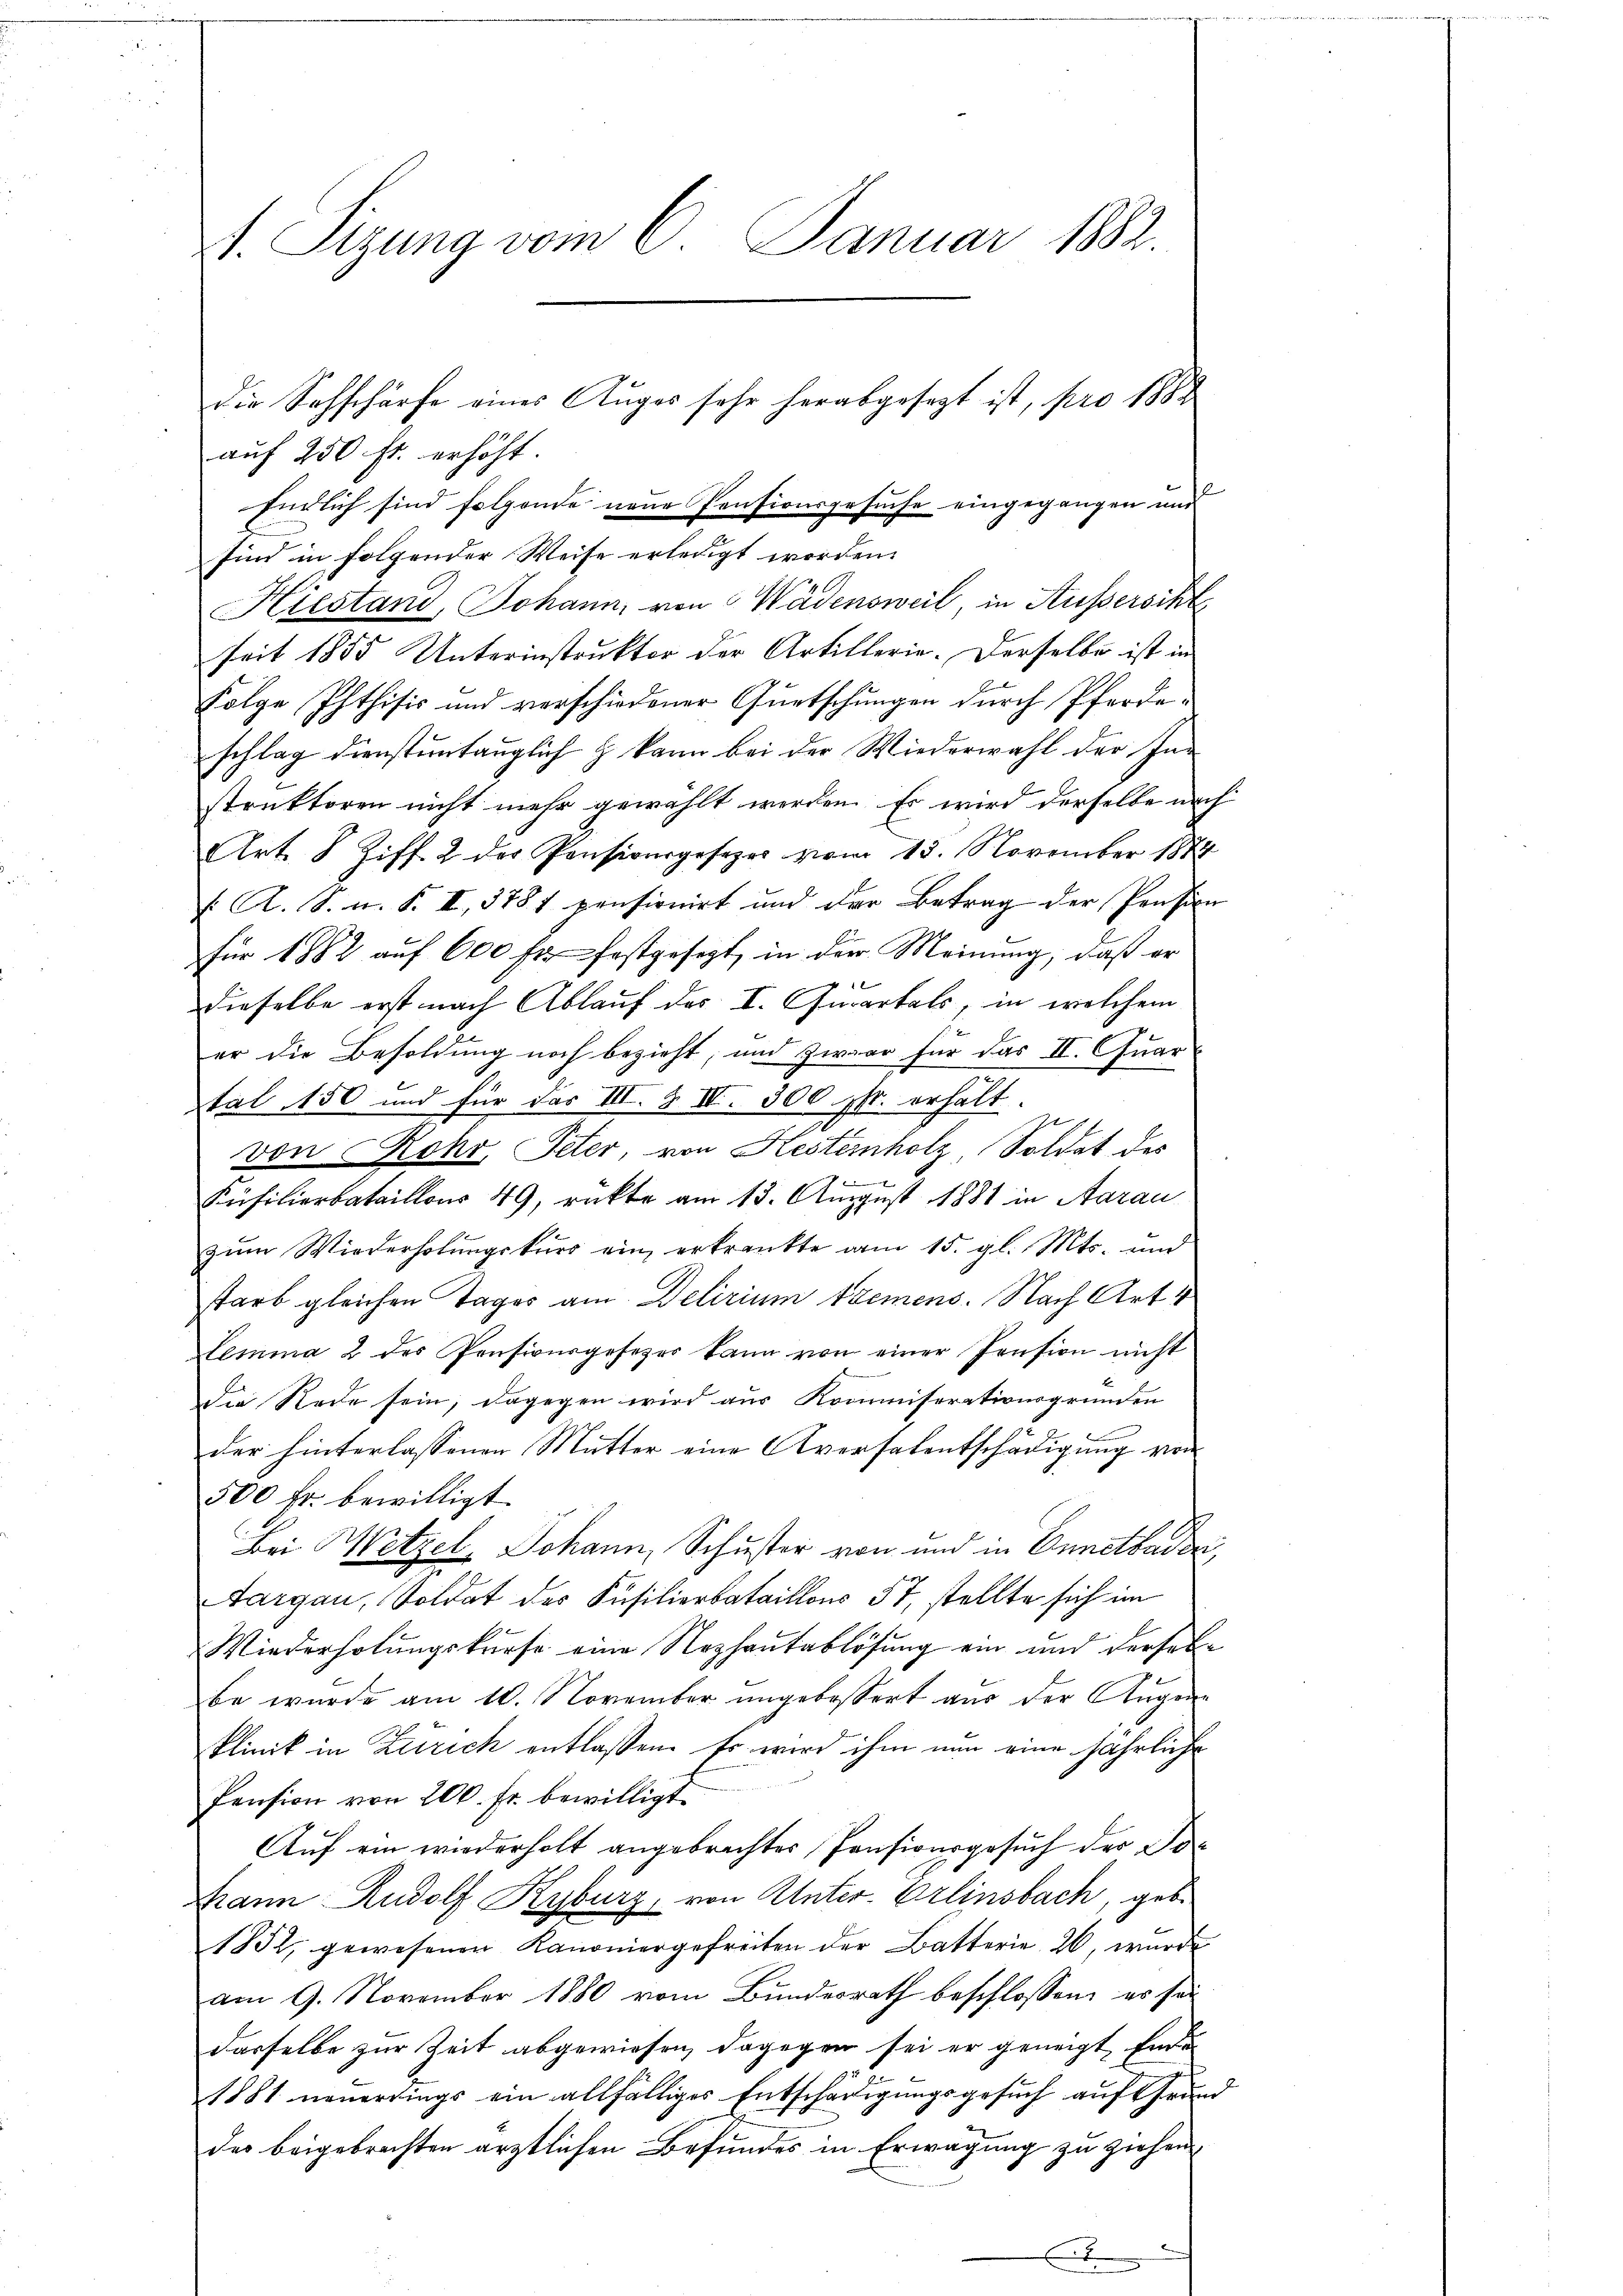
1. Sizung vom 6. Januar 1882.
die Sachschärfe eines Auges sehr herabgesagt ist, pro 1882
auf 250 fr. erhöht

Endlich sind folgende neue Pensionsgesuche eingegangen und
sind in folgender Weise erledigt worden.
Hiestand, Johann, von Wädensweil, in Außersichte
seit 1855 Unterinstruktor der Artillerie. Derselbe ist in
Folge Phthisis und verschiedener Quetschungen durch Pferdeschlag dienstuntauglich & kann bei der Wiederwahl der Instruktoren nicht mehr gewählt werden. Er wird derselbe nach
Art. 8 Ziff. 2 der Pensionsgesezer vom 13. November 1884
E A. S. n. F. II, 3787 pensionirt und der Betrag der Pension
für 1882 auf 600 fl. festgesezt, in der Meinung, daß er

dieselbe erst nach Ablauf des I. Quartals, in welchem
er die Besoldung noch bezieht, und zwar für das II. Quartal 150 und für das III. & IV. 300. sp. erhält.
von Rohr, Peter, von Kestenholz Soldat des
1
Küsilierbataillons 49, rückte am 13. August 1881 in Aarau
zum Wiederholungskurs ein erkrankte am 15. gl. Mts. und
starb gleichen Tages am Delirium tremens. Nach Art. 4
lemma 2 des Pensionsgesezer kann von einer Pension nicht
die Rede sein, dagegen wird aus Kommiserationsgründen
der hinterlassenen Mutter eine Aversalentschädigung von
500 fr. bewilligt.
Bei Metzel, Johann, Schuster von und in Ennetbaden,
Aargau, Soldat des Füsilierbataillons 57, stellte sich im
Wiederholungskurse eine Nozhautablösung ein und derselbe wurde am 10. November ungebessert aus der Augen¬
Plinik in Zürich entlassen. Es wird ihm nun eine jährliche
Pension von 200. Fr. bewilligt.
Auf ein wiederholt angebrachter Pensionsgesuch der To¬
Mann Rudolf Kyburg, von Unter-Erlinsbach, geb.
1882, gewesenen Kanoniergefreiten der Batterie 26, wurde
am 9. November 1880 vom Bundesrath beschlossen, es sei
dasselbe zur Zeit abgewiesen, dagegen sei er geneigt, Ende
1881 neuerdings ein allfälliges Entschädigungsgesuch auf Grund
des beigebrachten ärztlichen Befundes in Erwägung zu ziehen,
i
x